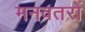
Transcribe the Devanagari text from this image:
मनवतरों